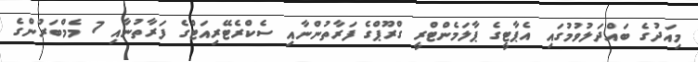
މިއަދުގެ ބައްދަލުވުމުގައި އެޕާޓީގެ ޕާލަމެންޓްރީ ގްރޫޕްގެ ފަރާތުންނާއި ސެކްރެޓޭރިއަޓްގެ ފަރާތުނާއި 7 މެމްބަރުންގެ